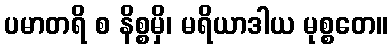
ပမာတရိ စ နိစ္စမှိ၊ မရိယာဒါယ မုစ္စတေ။